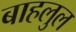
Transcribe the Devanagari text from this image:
बाहलुल